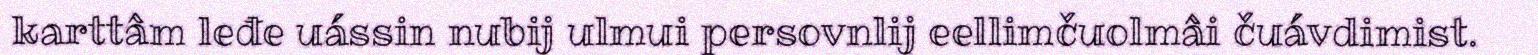
karttâm leđe uássin nubij ulmui persovnlij eellimčuolmâi čuávdimist.